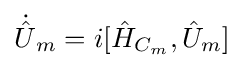
{\textstyle {\dot {\hat {U}}}_{m}=i[{\hat {H}}_{C_{m}},{\hat {U}}_{m}]}